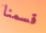
قسمنا